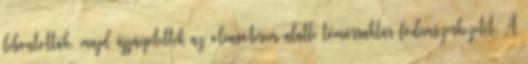
lebontották, majd újjáépítették az olvasóterem alatti tömörraktár födémszerkezetét. A